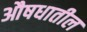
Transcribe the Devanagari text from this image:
औषधातील